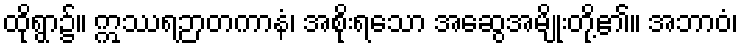
ထိုရွာ၌။ ဣဿရဉာတကာနံ၊ အစိုးရသော အဆွေအမျိုးတို့၏။ အဘာဝံ၊